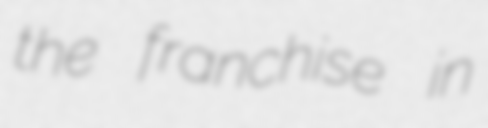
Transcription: the franchise in